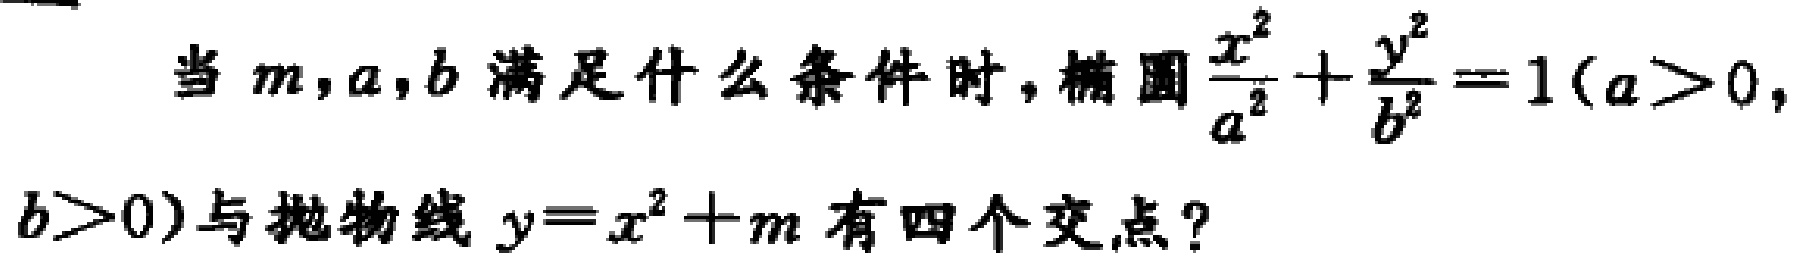
当 \(m,a,b\) 满足什么条件时，椭圆\(\frac{x^{2}}{a^{2}}+\frac{y^{2}}{b^{2}} = 1(a>0,b>0)\)与抛物线 \(y = x^{2}+m\) 有四个交点？